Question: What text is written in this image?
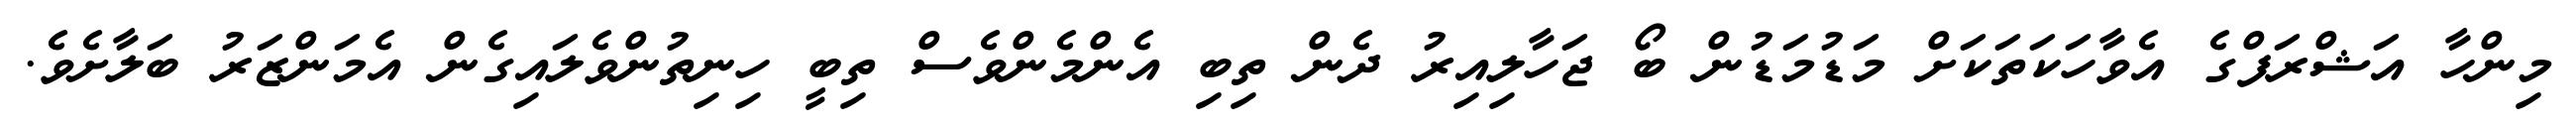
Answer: މިންހާ އަޝްރަފްގެ އެވާހަކަތަކަށް މަޑުމަޑުން ބޯ ޖަހާލިއިރު ދެން ތިބި އެންމެންވެސް ތިބީ ހިނިތުންވެލައިގެން އެމަންޒަރު ބަލާށެވެ.